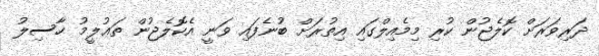
ދަރިވަރަށް ކޮލެޖުން ކުރި މިމެއިލްގައި އިތުރަށް ބުނެފައި ވަނީ އެކޮލެޖުން ތަޢުލީމު ހާސިލު